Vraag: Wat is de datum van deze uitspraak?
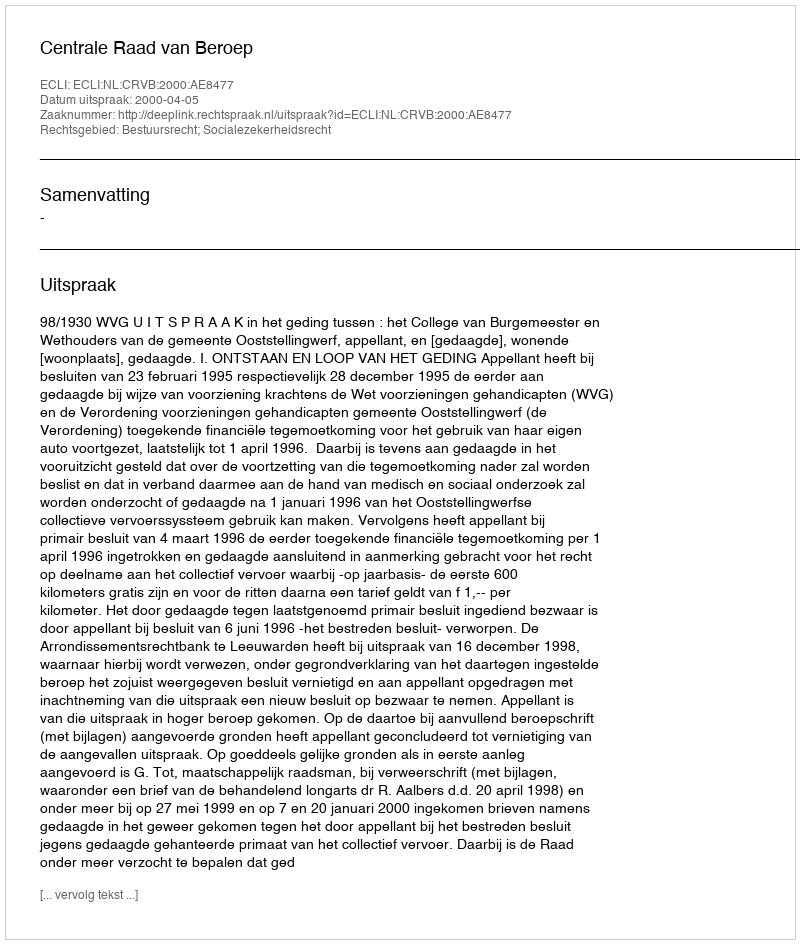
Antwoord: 2000-04-05